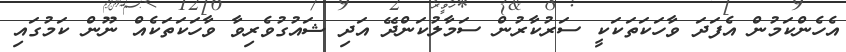
އެހެންކަމުން އެފަދަ ވާހަކަތަކަކީ ސަރުކާރުން ސަމާލުކަންދޭ އަދި ޝައުގުވެރިވާ ވާހަކަތަކެއް ނޫން ކަމުގައި